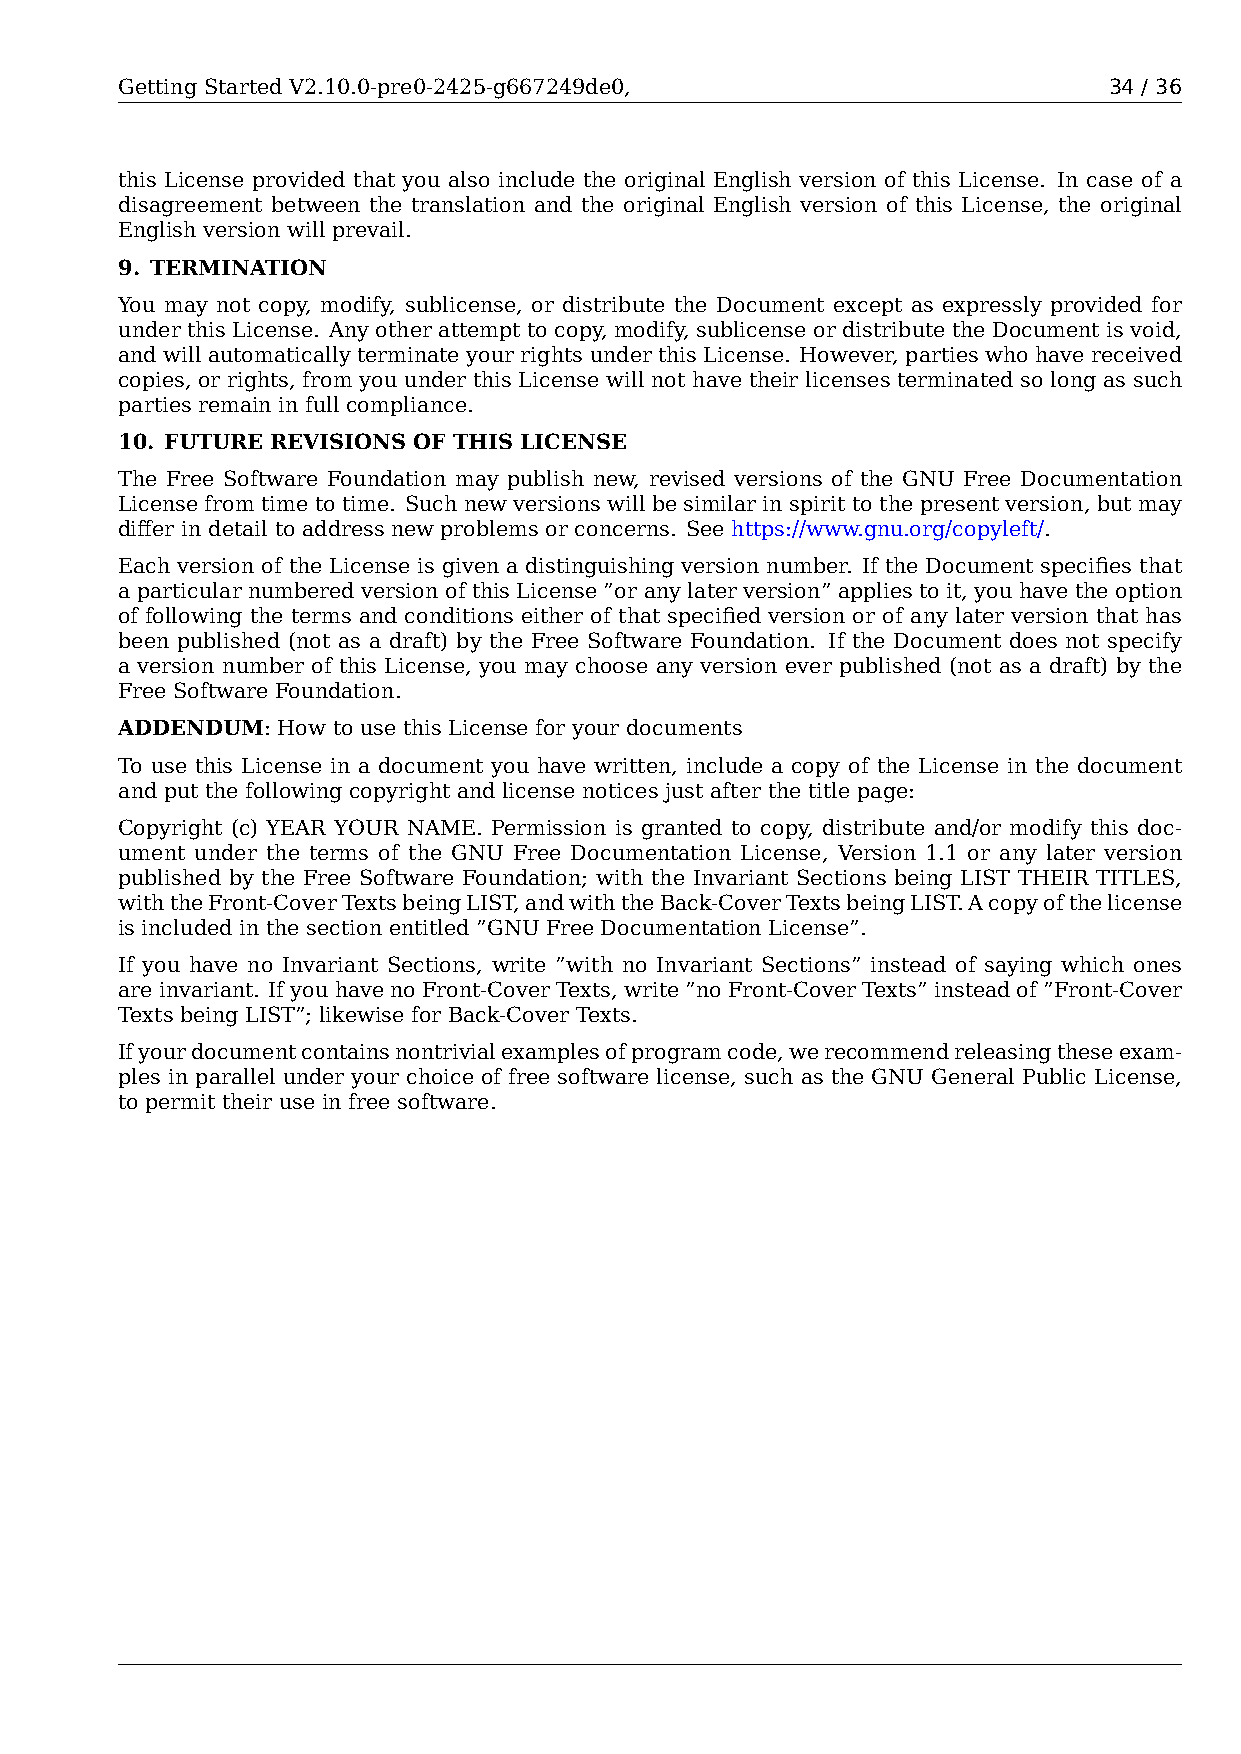
Getting Started V2.10.0-pre0-2425-g667249de0,                    34 / 36
 this License provided that you also include the original English version of this License. In case of a
 disagreement between the translation and the original English version of this License, the original
 English version will prevail.
 9. TERMINATION
 You may not copy, modify, sublicense, or distribute the Document except as expressly provided for
 under this License. Any other attempt to copy, modify, sublicense or distribute the Document is void,
 and will automatically terminate your rights under this License. However, parties who have received
 copies, or rights, from you under this License will not have their licenses terminated so long as such
 parties remain in full compliance.
 10. FUTURE REVISIONS OF THIS LICENSE
 The Free Software Foundation may publish new, revised versions of the GNU Free Documentation
 License from time to time. Such new versions will be similar in spirit to the present version, but may
 differ in detail to address new problems or concerns. See https://www.gnu.org/copyleft/.
 Each version of the License is given a distinguishing version number. If the Document specifies that
 a particular numbered version of this License ”or any later version” applies to it, you have the option
 of following the terms and conditions either of that specified version or of any later version that has
 been published (not as a draft) by the Free Software Foundation. If the Document does not specify
 a version number of this License, you may choose any version ever published (not as a draft) by the
 Free Software Foundation.
 ADDENDUM: How to use this License for your documents
 To use this License in a document you have written, include a copy of the License in the document
 and put the following copyright and license notices just after the title page:
 Copyright (c) YEAR YOUR NAME. Permission is granted to copy, distribute and/or modify this doc-
 ument under the terms of the GNU Free Documentation License, Version 1.1 or any later version
 published by the Free Software Foundation; with the Invariant Sections being LIST THEIR TITLES,
 withtheFront-CoverTextsbeingLIST,andwiththeBack-CoverTextsbeingLIST.Acopyofthelicense
 is included in the section entitled ”GNU Free Documentation License”.
 If you have no Invariant Sections, write ”with no Invariant Sections” instead of saying which ones
 areinvariant. IfyouhavenoFront-CoverTexts,write”noFront-CoverTexts”insteadof”Front-Cover
 Texts being LIST”; likewise for Back-Cover Texts.
 Ifyourdocumentcontainsnontrivialexamplesofprogramcode,werecommendreleasingtheseexam-
 ples in parallel under your choice of free software license, such as the GNU General Public License,
 to permit their use in free software.